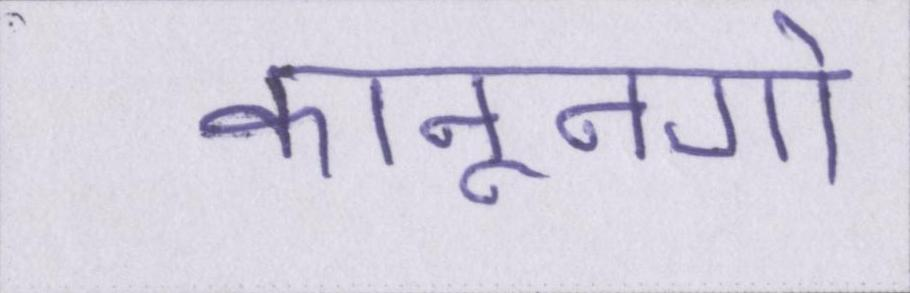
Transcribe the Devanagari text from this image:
कानूनगो